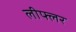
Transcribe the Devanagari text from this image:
लीफ्लर